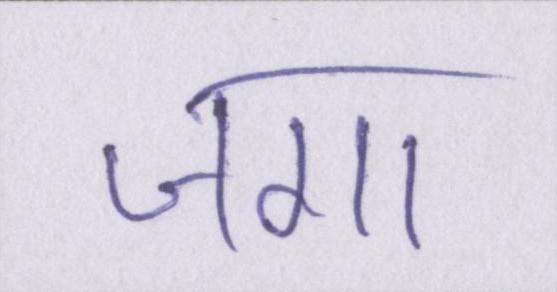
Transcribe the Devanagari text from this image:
जगा